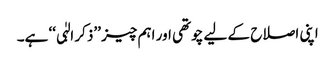
اپنی اصلاح کے لیے چوتھی اور اہم چیز ’’ذکر الہٰی‘‘ ہے۔